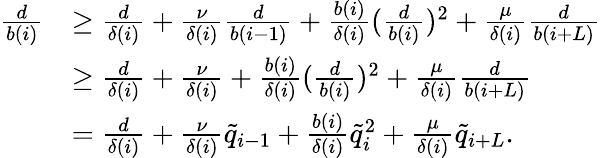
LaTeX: \begin{array}{rl}{\frac{d}{b(i)}}&{\geq\frac{d}{\delta(i)}+\frac{\nu}{\delta(i)}\frac{d}{b(i-1)}+\frac{b(i)}{\delta(i)}(\frac{d}{b(i)})^{2}+\frac{\mu}{\delta(i)}\frac{d}{b(i+L)}}\\ &{\geq\frac{d}{\delta(i)}+\frac{\nu}{\delta(i)}+\frac{b(i)}{\delta(i)}(\frac{d}{b(i)})^{2}+\frac{\mu}{\delta(i)}\frac{d}{b(i+L)}}\\ &{=\frac{d}{\delta(i)}+\frac{\nu}{\delta(i)}\tilde{q}_{i-1}+\frac{b(i)}{\delta(i)}\tilde{q}_{i}^{2}+\frac{\mu}{\delta(i)}\tilde{q}_{i+L}.}\end{array}